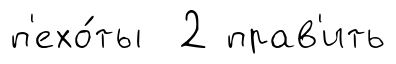
п'ехо́ты 2 прав'ить